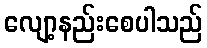
လျော့နည်းစေပါသည်